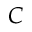
C